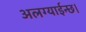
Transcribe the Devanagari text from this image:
अलग्याईन्छ।